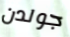
جولدن